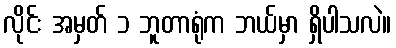
လိုင်း အမှတ် ၁ ဘူတာရုံက ဘယ်မှာ ရှိပါသလဲ။